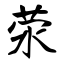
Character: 荥